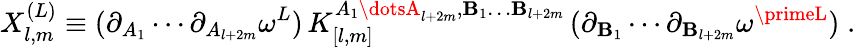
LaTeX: X_{l,m}^{(L)}\equiv(\partial_{A_{1}}\cdots\partial_{A_{l+2m}}\omega^{L})\, K_{[l,m]}^{A_{1}\dotsA_{l+2m},\mathbf{B}_{1}\dots\mathbf{B}_{l+2m}}\, (\partial_{\mathbf{B}_{1}}\cdots\partial_{\mathbf{B}_{l+2m}}\omega^{\primeL})\; .